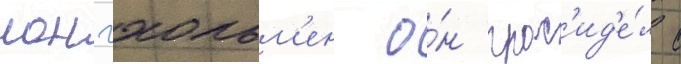
лонгхольм'ен о́н прос'ид'е́л с